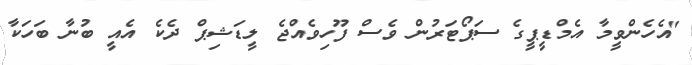
"އެހެންވީމާ އެމްޑީޕީގެ ސަޕޯޓަރުން ވެސް ފޫހިވެއްޖެ ލީޑަޝިޕް ދެކެ އެއީ ބުނާ ބަހަކާ